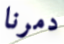
دمرنا